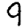
Digit: 9